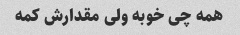
همه چی خوبه ولی مقدارش کمه